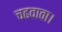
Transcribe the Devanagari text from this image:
चढवावा।